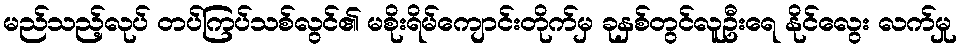
မည်သည့်လုပ် တပ်ကြပ်သစ်လွင်၏ မစိုးရိမ်ကျောင်းတိုက်မှ ခုနှစ်တွင်လူဦးရေ နိုင်လွေး လက်မှု